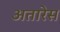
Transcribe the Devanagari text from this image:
अतारेस